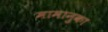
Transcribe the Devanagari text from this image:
मामानुका